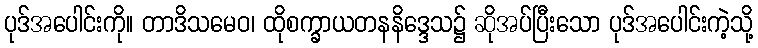
ပုဒ်အပေါင်းကို။ တာဒိသမေဝ၊ ထိုစက္ခာယတနနိဒ္ဒေသ၌ ဆိုအပ်ပြီးသော ပုဒ်အပေါင်းကဲ့သို့